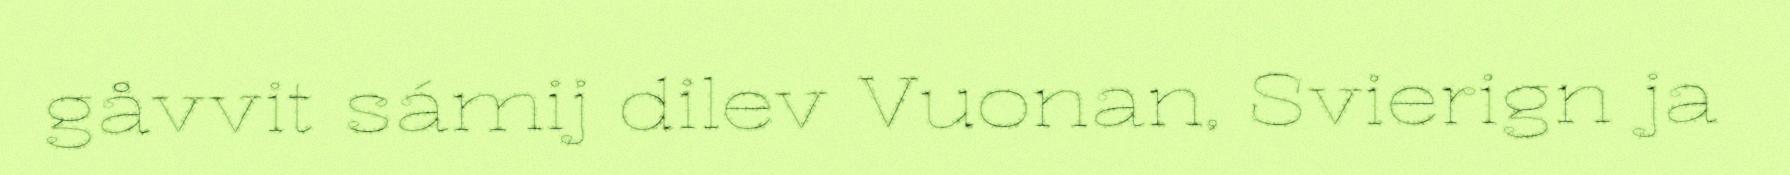
gåvvit sámij dilev Vuonan, Svierign ja